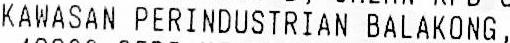
KAWASAN PERINDUSTRIAN BALAKONG,